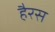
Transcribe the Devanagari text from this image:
हैरस